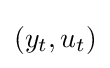
(y_{t},u_{t})